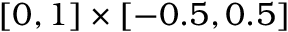
[ 0 , 1 ] \times [ - 0 . 5 , 0 . 5 ]